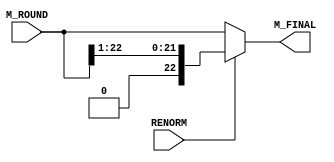
module RENORMALIZE (
    input  wire RENORM,
    input  wire [22:0] M_ROUND,
    output wire [22:0] M_FINAL
);

assign M_FINAL = (RENORM) ? (M_ROUND>>1) : (M_ROUND);

endmodule